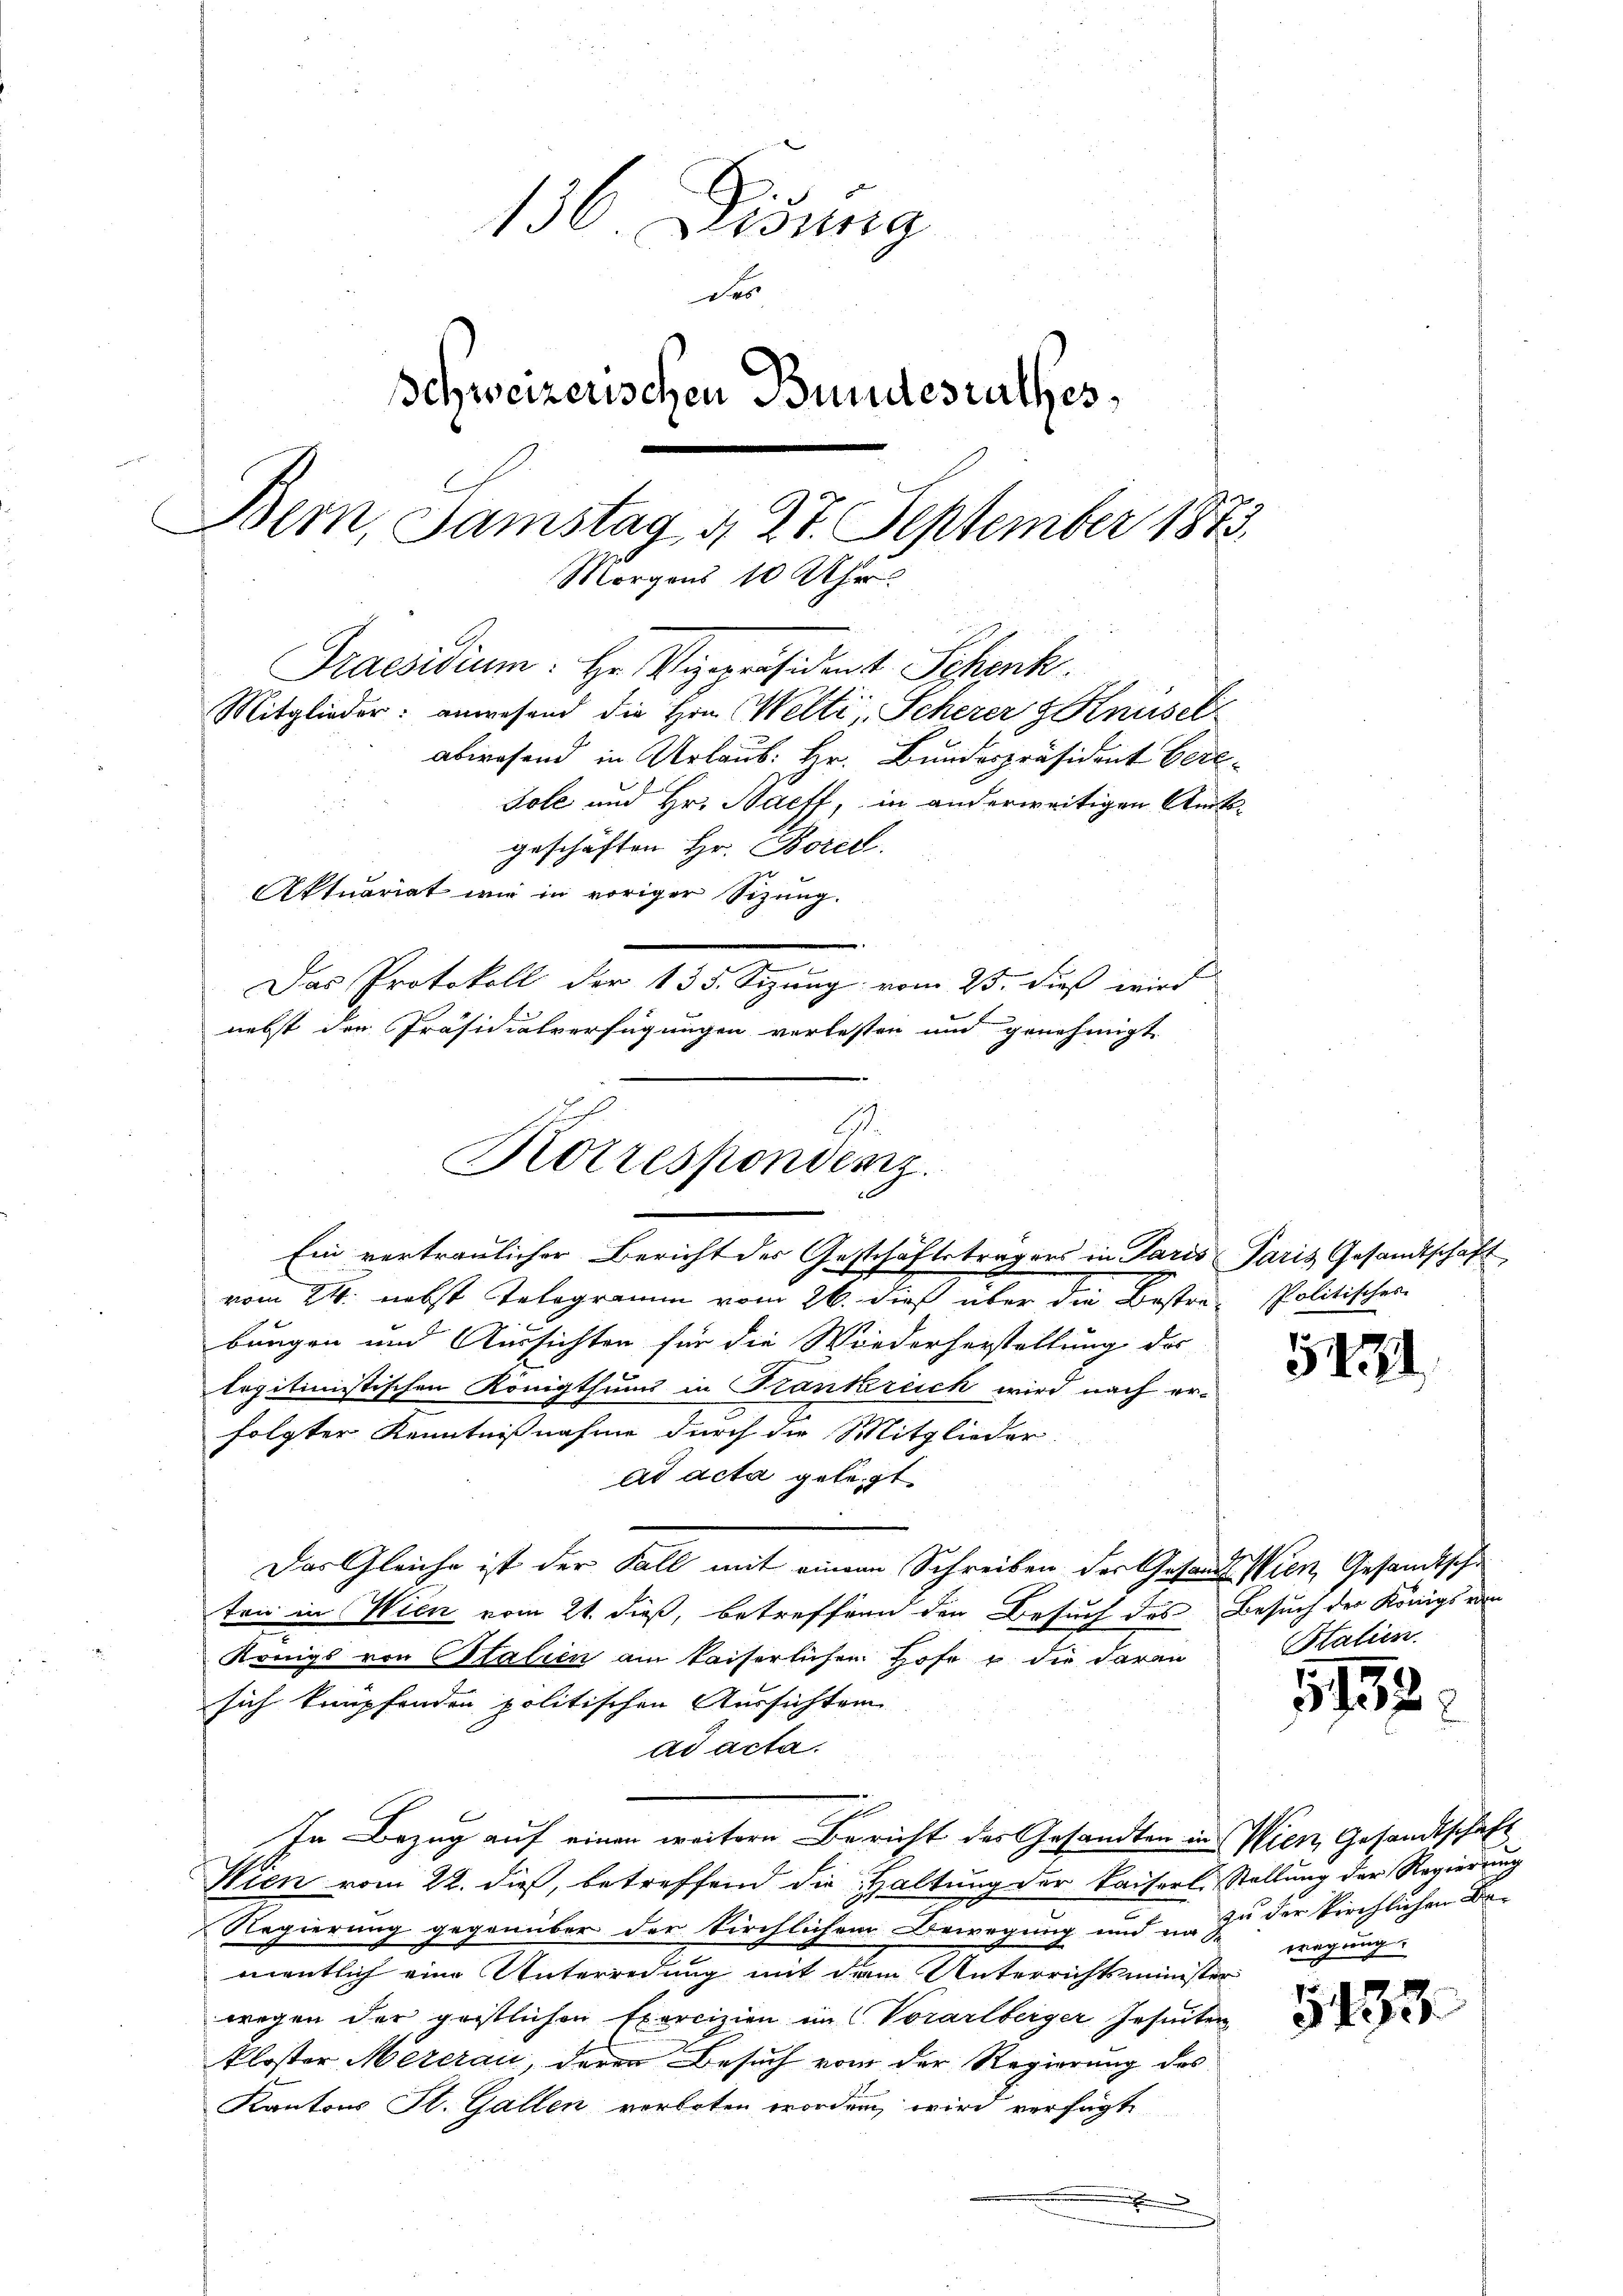
136. Disung
der
Schweizerischen Bundesrathes,
Bern, Samstag 4. 27. September 1873.
Morgens 10 Uhr
Praesidium. Hr. Vizepräsident Schenk.
Mitglieder: anwesend die Hrn. Welti, Scherer Knüsel
abwesend in Urlaub: Hr. Bundespräsident Berldole und Hr. Baeff, in anderweitigen Amts-
geschäften Hr. Borell.
Aktuariat mir in voriger Sizung.
Das Protokoll der 135. Sizung vom 25. dieß wird
nebst den Präsidialverfügungen verlesten und genehmigt.

Korrespondenz.

Ein vertraulicher Bericht der Geschäftsträgers in Paris Paris Gesandtschaft
vom 24. nebst Telegramm vom 26. dieß über die Bestra- Politischen
bungen und Aussichten für die Wiederherstellung des
legitimistischen Königthums in Krankreich wird nach er-
folgter Kenntnißnahme durch die Mitglieder-
ad acta gelegt.
Das Gleiche ist der Fall mit einem Schreiben der Gesandt Wien Gesandtsche
ten in Wien vom 21. dieß, betreffend den Besuch des Besuch der Königs von
Königs von Stalien am kaiserlichen Hofe u die daran
sich knüpfenden politischen Aussichten
ad acta.
In Bezug auf einen weitere Bericht des Gesandten in Wien, Gesandtschaft
Wien vom 22. dieß, betreffend die Haltung der Kaiserl. Stellung der Regierung
Regierung gegenüber der Kirchlichem Bewegung und in zu der kirchlichen Bementlich eine Unterredung mit dem Unterrichtsminister
wegen der geistlichen Exercizien im C. Vorarlberger Insecten
kloster Meierau, deren Besuch vom der Regierung des
Kantons St. Gallen verboten worden wird verfügt
.

5431

Stalien.

515

wagung

5133